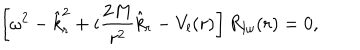
\left[ \omega ^ { 2 } - \hat { k } _ { r } ^ { 2 } + i { \frac { 2 M } { r ^ { 2 } } } \hat { k } _ { r } - V _ { l } ( r ) \right] R _ { l \omega } ( r ) = 0 ,